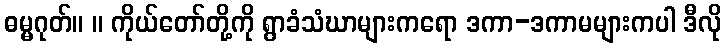
ဓမ္မဂုတ်။ ။ ကိုယ်တော်တို့ကို ရွာခံသံဃာများကရော ဒကာ-ဒကာမများကပါ ဒီလို